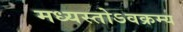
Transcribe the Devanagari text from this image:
मध्यस्तोऽवक्रम्य